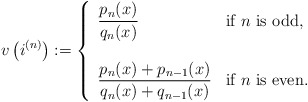
\begin{align*}v\left(i^{(n)}\right):=\left\{\begin{array}{lll}\displaystyle\frac{p_n(x)}{q_n(x)} & \mbox{if $n$ is odd,} \\\\\displaystyle\frac{p_n(x)+p_{n-1}(x)}{q_n(x)+q_{n-1}(x)} & \mbox{if $n$ is even}.\end{array}\right. \end{align*}